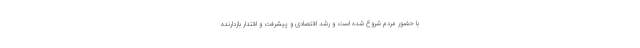
با حضور مردم شروع شده است و رشد اقتصادی و پیشرفت و اقتدار بازدارنده